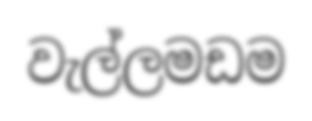
වැල්ලමඩම